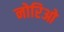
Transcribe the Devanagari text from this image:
नोरिओ